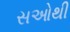
સઓથી